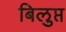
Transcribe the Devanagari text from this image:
बिलुप्त